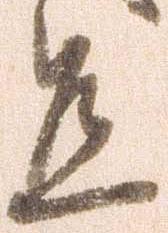
宜